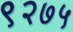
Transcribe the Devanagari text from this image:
९२७५